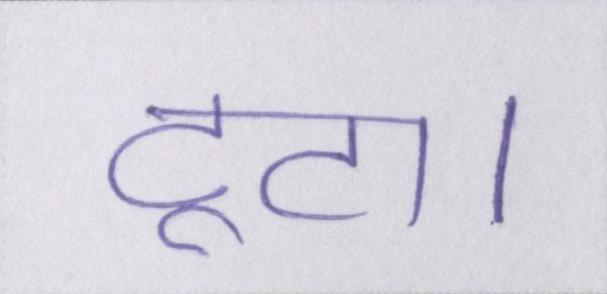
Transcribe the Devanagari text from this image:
टूटा।